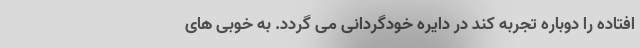
افتاده را دوباره تجربه کند در دایره خودگردانی می گردد. به خوبی های